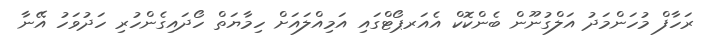
ރަހާފް މުހަންމަދު އަލްގުނޫން ބެންކޮކް އެއަރޕޯޓްގައި އަމިއްލައަށް ހިމާޔަތް ހޯދައިގެންހުރި ހަދުވަހު އޭނާ